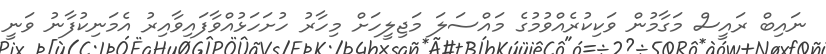
ނައިބް ރައީސް މަގާމުން ވަކިކުރެއްވުމުގެ މައްސަލަ މަޖިލީހަށް މިހާރު ހުށަހަޅުއްވާފައިވާއިރު އެމަނިކުފާނު ވަނީ